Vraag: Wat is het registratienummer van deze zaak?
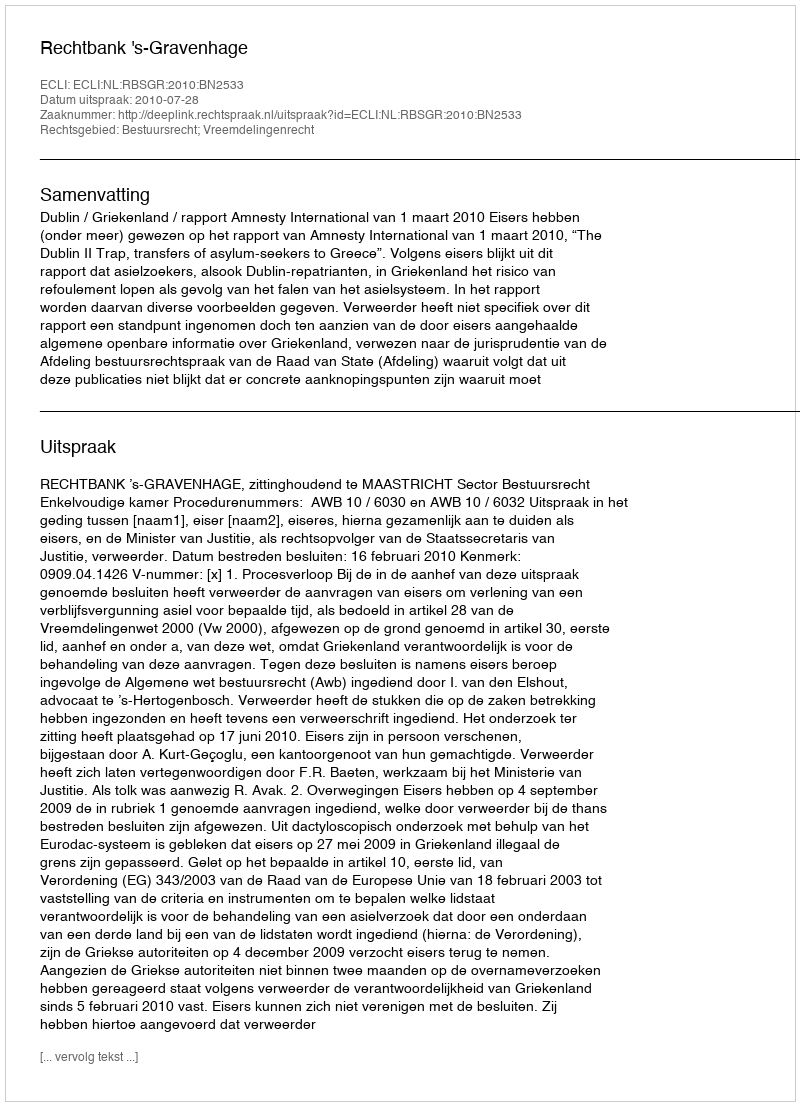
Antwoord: http://deeplink.rechtspraak.nl/uitspraak?id=ECLI:NL:RBSGR:2010:BN2533